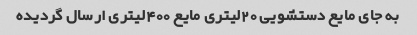
به جای مایع دستشویی ٢٠لیتری مایع ٤٠٠لیتری ارسال گردیده